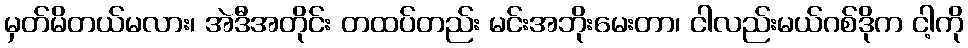
မှတ်မိတယ်မလား၊ အဲဒီအတိုင်း တထပ်တည်း မင်းအဘိုးမေးတာ၊ ငါလည်းမယ်ဂစ်ဒိုက ငါ့ကို